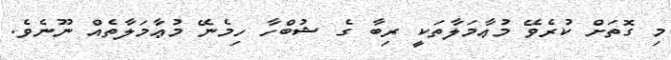
މި ގޮތަށް ކުރެވޭ މުޢާމަލާތަކީ ރިބާ ގެ ޝުބްހާ ހިމެނޭ މުޢާމަލާތެއް ނޫނެވެ.